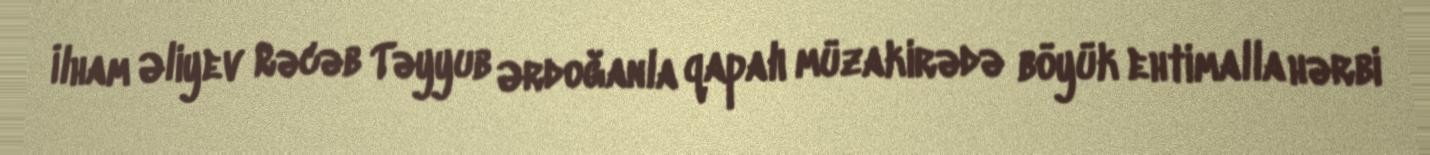
İlham Əliyev Rəcəb Təyyub Ərdoğanla qapalı müzakirədə böyük ehtimalla hərbi